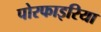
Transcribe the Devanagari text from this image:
पोरफाइरिया